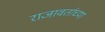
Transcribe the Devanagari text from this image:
राजावर्ताच्या